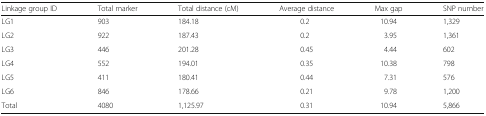
<table><thead><tr><td><b>Linkage group ID</b></td><td><b>Total marker</b></td><td><b>Total distance (cM)</b></td><td><b>Average distance</b></td><td><b>Max gap</b></td><td><b>SNP number</b></td></tr></thead><tbody><tr><td>LG1</td><td>903</td><td>184.18</td><td>0.2</td><td>10.94</td><td>1,329</td></tr><tr><td>LG2</td><td>922</td><td>187.43</td><td>0.2</td><td>3.95</td><td>1,361</td></tr><tr><td>LG3</td><td>446</td><td>201.28</td><td>0.45</td><td>4.44</td><td>602</td></tr><tr><td>LG4</td><td>552</td><td>194.01</td><td>0.35</td><td>10.38</td><td>798</td></tr><tr><td>LG5</td><td>411</td><td>180.41</td><td>0.44</td><td>7.31</td><td>576</td></tr><tr><td>LG6</td><td>846</td><td>178.66</td><td>0.21</td><td>9.78</td><td>1,200</td></tr><tr><td>Total</td><td>4080</td><td>1,125.97</td><td>0.31</td><td>10.94</td><td>5,866</td></tr></tbody></table>